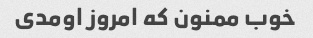
خوب ممنون که امروز اومدی